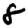
Digit: 8